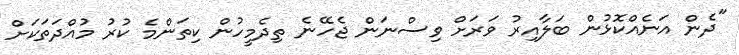
"ދެން އަނެއްކޮޅުން ބަލާއިރު ވަރަށް ވިސްނަން ޖެހޭނެ ތިދެމީހުން ކިތަންމެ ކުރު މުއްދަތަކަށް